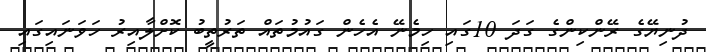
ދުނިޔޭގެ ރޭންކިންގެ ގަދަ 10ގައި ހިމެނޭ އެހެން ގައުމުތައް ތަރުތީބު ކޮށްލާއިރު ހަވަނައިގައި